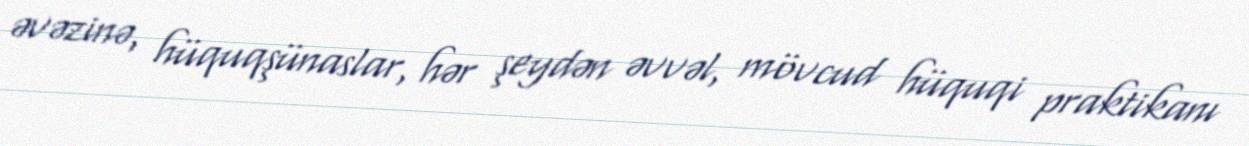
əvəzinə, hüquqşünaslar, hər şeydən əvvəl, mövcud hüquqi praktikanı